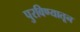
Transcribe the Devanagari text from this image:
पुरविण्यातून